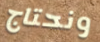
ونحتاج